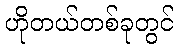
ဟိုတယ်တစ်ခုတွင်